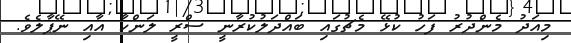
މިއަދު މެންދުރު ފަހު ކުޅޭ މެޗުގައި ބައްދަލުކުރާނީ ސްރީ ލަންކާ އާއި ނޭޕާލެވެ.